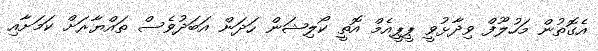
އެގޮތުން މަހުލޫފް ވިދާޅުވީ ޕީޕީއެމް އޮތީ ކޯލިޝަން ހަދަން އަބަދުވެސް ތައްޔާރަށް ކަމަށާއި